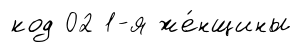
код 02 1-я же́нщины